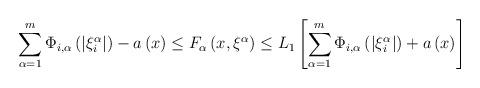
LaTeX: \begin{align*}\sum\limits_{\alpha =1}^{m}\Phi _{i,\alpha }\left( \left\vert \xi_{i}^{\alpha }\right\vert \right) -a\left( x\right) \leq F_{\alpha }\left(x,\xi ^{\alpha }\right) \leq L_{1}\left[ \sum\limits_{\alpha =1}^{m}\Phi_{i,\alpha }\left( \left\vert \xi _{i}^{\alpha }\right\vert \right) +a\left(x\right) \right] \end{align*}